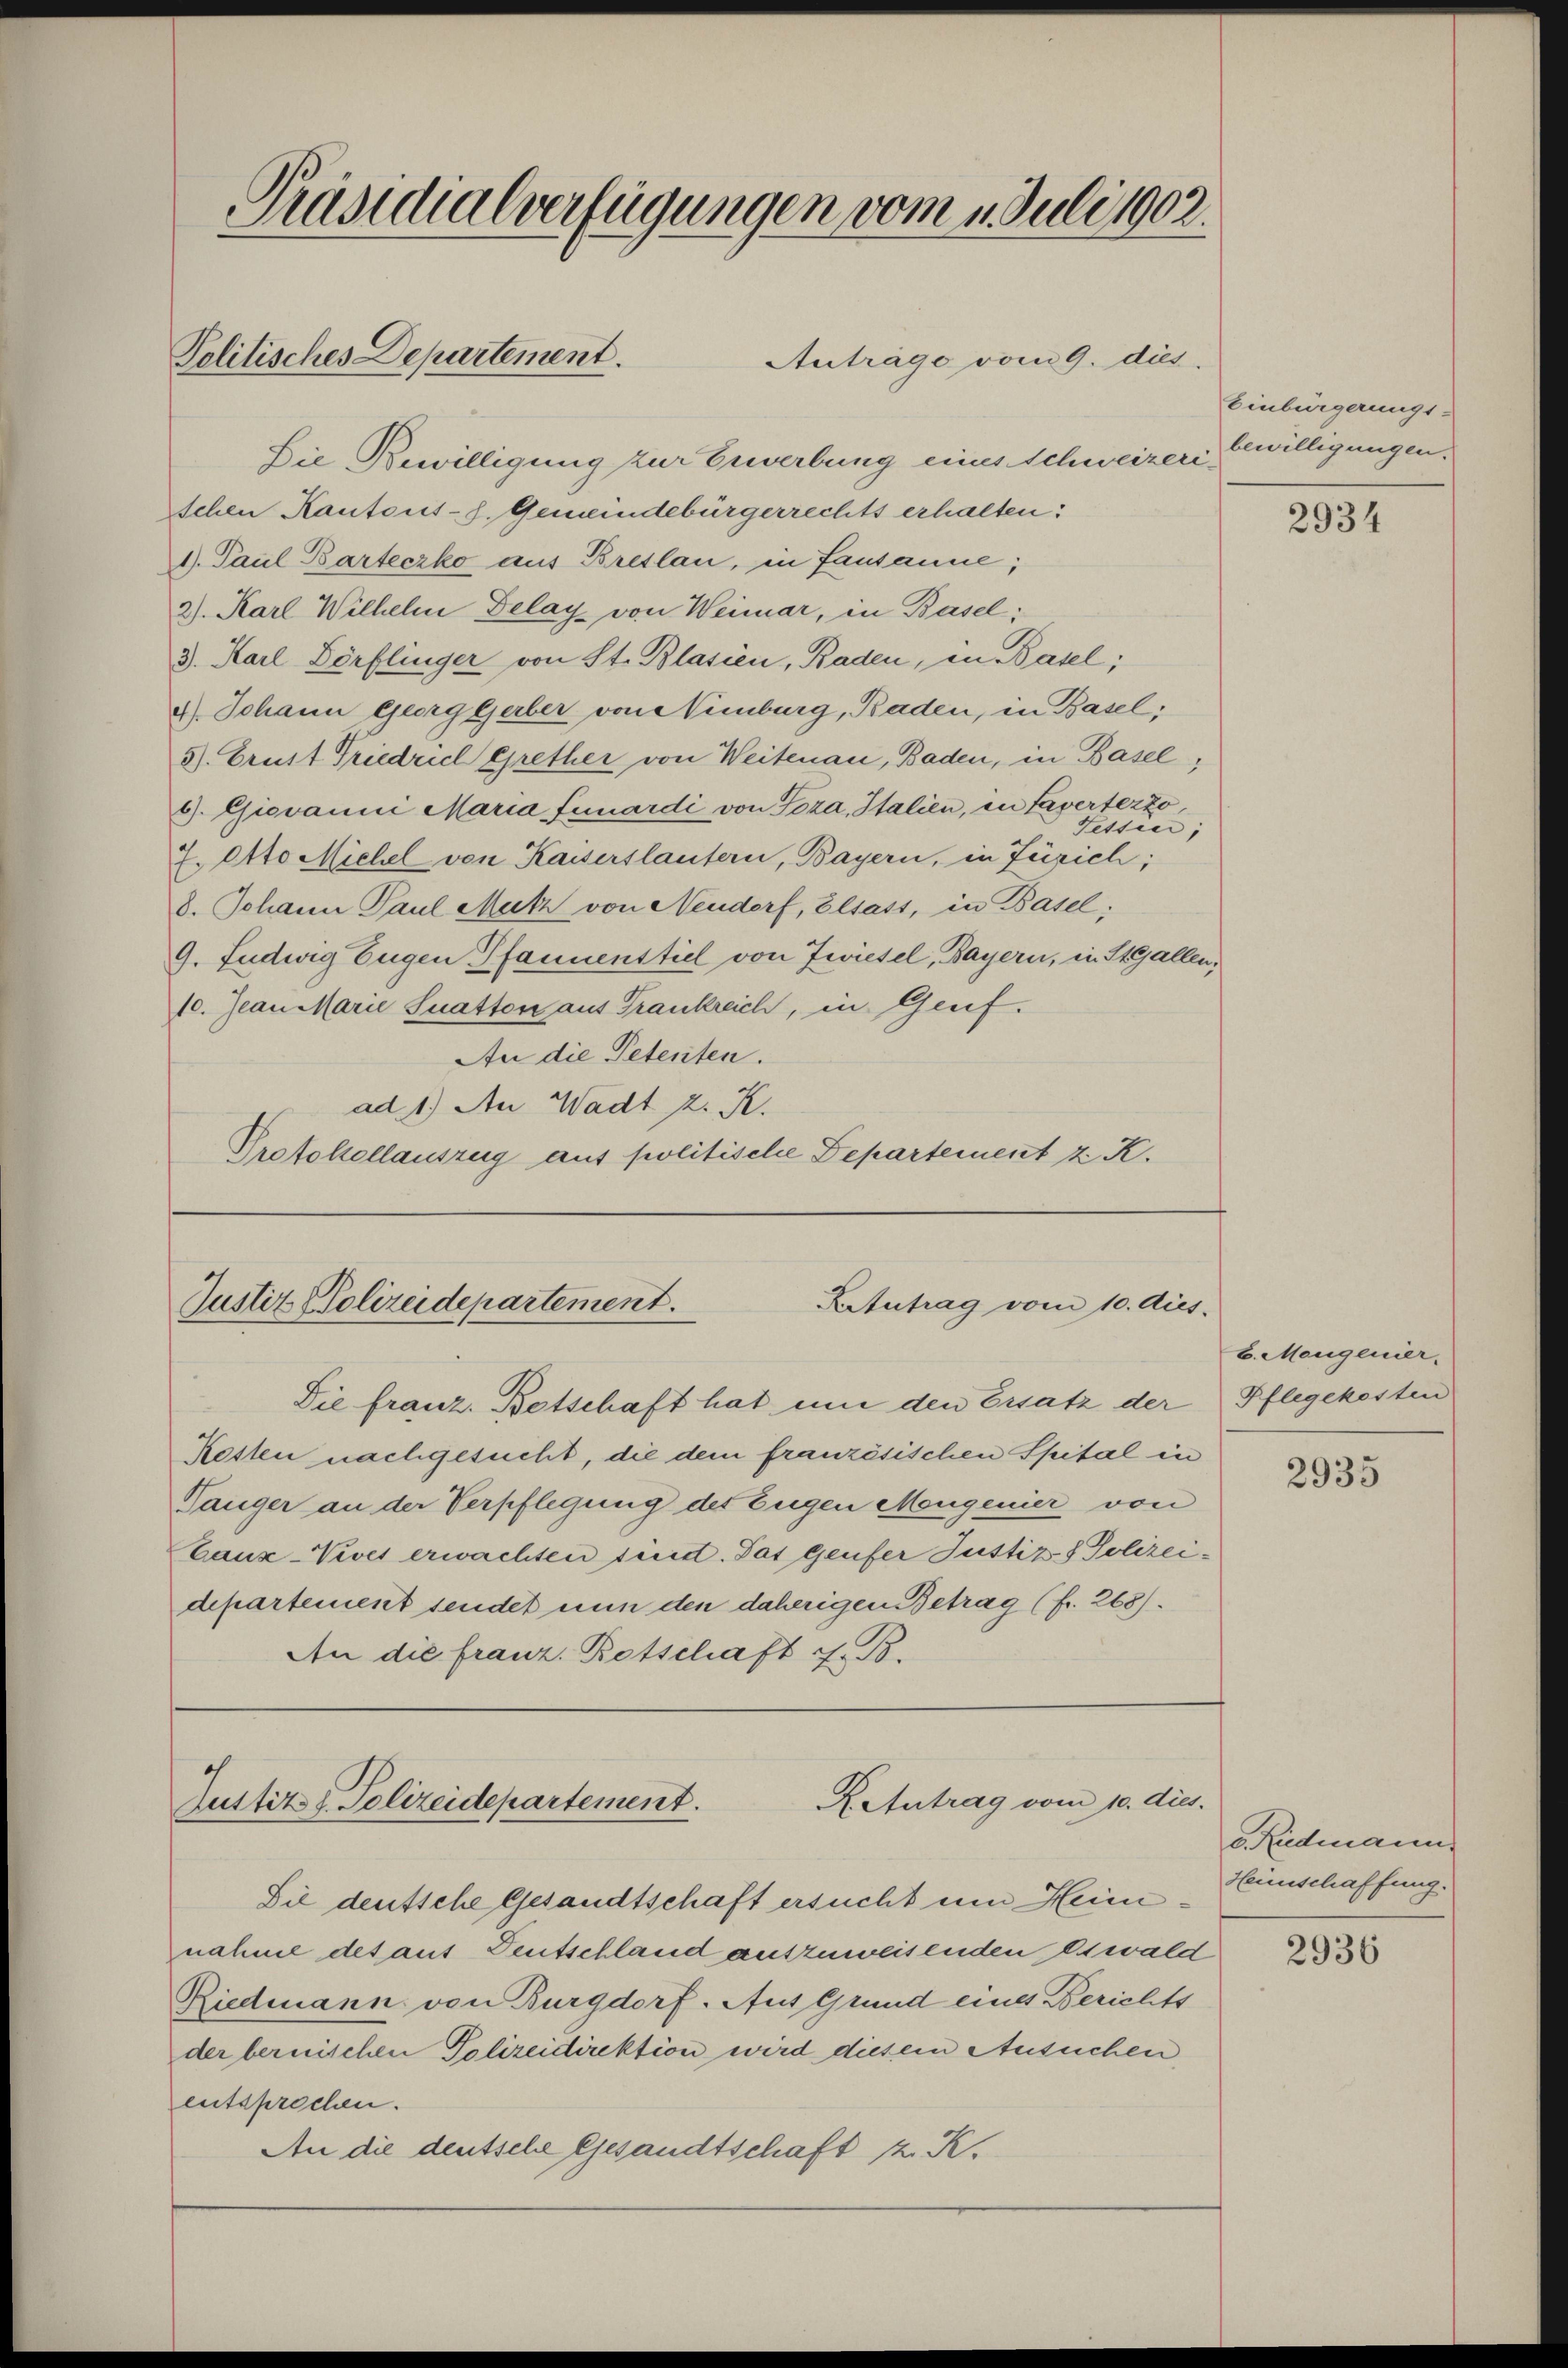
Präsidialverfügungen vom 2. Juli 1902.
Politisches Departement.
Anträge vom 9. dies

Die Bewilligung zur Erwerbung eines Schweizer Erwilligungen,
Ichen Kantons-S. Gemeindebürgerrechts erhalten:
1. Paul Barteczko aus Breslau, in Lausanne;
2). Karl Wilhelm Delay von Weimar, in Basel;
3. Karl Dörflinger von St. Blasien, Baden, in Basel;
4). Johann Georg Gerber von Wimburg, Baden, in Basel;
3. Brust Friedrich Grether von Weitenau, Baden, in Basel,
6. Giovanni Maria Funardi von Toza, Italien, in Lagertezzo,
Tessin;
7. Otto Michel von Kaisers lautern, Bayern, in Zürich;
8. Johann Paul Mutz von Neudorf, Elsass, in Basel;
9. Ludwig Eugen Pfannenstiel von Zwiesel, Bayern, in StGallen,
10. Jean Marie Suatten aus Frankreich, in Genf.
An die Petenten.
ad 1.) An Wadt z. K.
Protokollauszug aus politische Departement z. K.

Ktutrag vom 10. Aus-
Justiz Polizeidepartement.

Die franz. Betschaft hat um den Ersatz der Pflegekosten
Resten nachgesucht, die dem französischen Spital in
Tanger an der Verpflegung des Eugen Mengenier von
Eanz-Vives erwachten sind. Das Genfer Justiz & Polizeidepartement sendet nun den daherigen Betrag (fr. 268).
An die franz. Retschaft z. B.

Justiz, Polizeidepartement.
R. Antrag vom 10. dies.

Einbürgerungs-

Sie deutsche Gesandtschaft ersucht um Heinnahme des aus Deutschland auszuweisenden Oswald
Riedmann von Burgdorf. Aus Grund eines Berichts
der bernischen Polizeidirektion wird diesem Ansuchen
entsprechen.
An die deutsche Gesandtschaft K. K.

2934

6. Mangenier.

2935

c. Rudmann
Heimschaffung.

2936